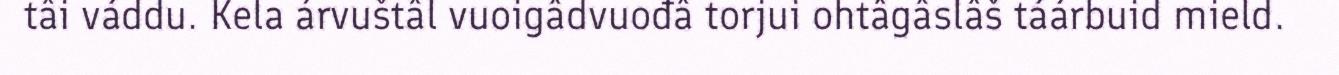
tâi váddu. Kela árvuštâl vuoigâdvuođâ torjui ohtâgâslâš táárbuid mield.